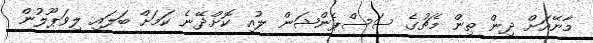
މާނޭއަށް ދިން ތިން މެޗުގެ ސަސްޕެންޝަން ލުއި ކޮށްދޭނެ ކަމަށް ބަލައި ލިވަޕޫލުން